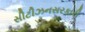
સીટીઝનસરકારી